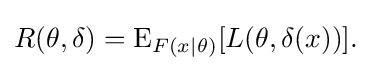
R(\theta ,\delta )=\operatorname {E} _{F(x\mid \theta )}[{L(\theta ,\delta (x))]}.\,\!